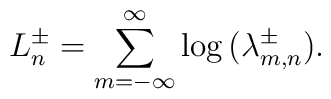
L^\pm_n = \sum_{m=-\infty}^\infty \log \,(\lambda^\pm_{m,n}).